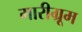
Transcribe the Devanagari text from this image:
मारीग्रूम